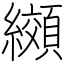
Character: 纐